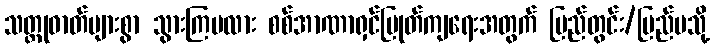
သတ္တုဓာတ်များစွာ သွားကြမလား စစ်အာဏာရှင်ပြုတ်ကျရေးအတွက် ပြည်တွင်း/ပြည်ပသို့